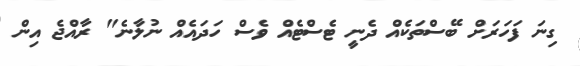
ގިނަ ފަހަރަށް ބޭސްތަކެއް ދެނީ ޓެސްޓެއް ވެސް ހަދައެއް ނުލާނެ" ރާއްޖެ އިން